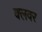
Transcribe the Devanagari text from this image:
क्लवर